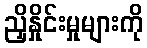
ညှိနှိုင်းမှုများကို